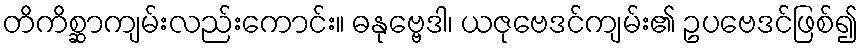
တိကိစ္ဆာကျမ်းလည်းကောင်း။ ဓနုဗ္ဗေဒါ၊ ယဇုဗေဒင်ကျမ်း၏ ဥပဗေဒင်ဖြစ်၍